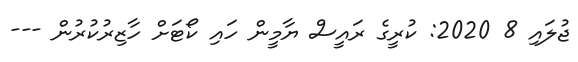
ޖުލައި 8 2020: ކުރީގެ ރައީސް ޔާމީން ހައި ކޯޓަށް ހާޒިރުކުރުން ---